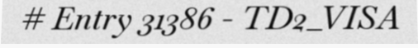
# Entry 31386 - TD2_VISA